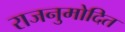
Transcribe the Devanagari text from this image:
राजनुमोदित